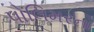
પોલિમરના